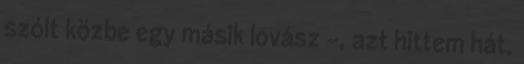
szólt közbe egy másik lovász -, azt hittem hát,